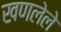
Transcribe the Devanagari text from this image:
खणलेले